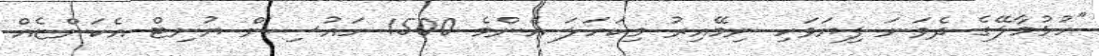
"ހުޅުމާލޭގެ ދެވަނަ ފިޔަވަހި ނިމޭއިރު މިކަހަލަ އެންމެ 1500 ހައުސިން ޔުނިޓް އެކަންޏެއް